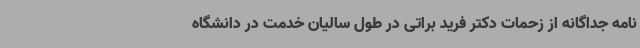
نامه جداگانه از زحمات دکتر فرید براتی در طول سالیان خدمت در دانشگاه